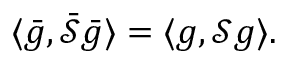
\langle \bar { g } , \bar { \mathcal { S } } \bar { g } \rangle = \langle g , \mathcal { S } g \rangle .